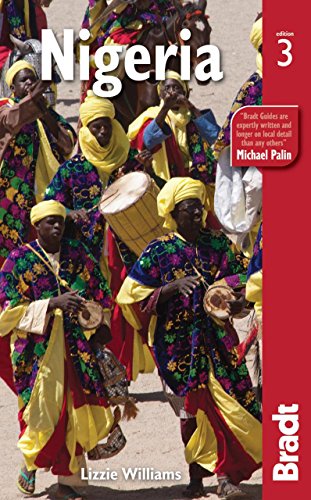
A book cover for Nigeria (Bradt Travel Guide); Lizzie Williams; Travel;